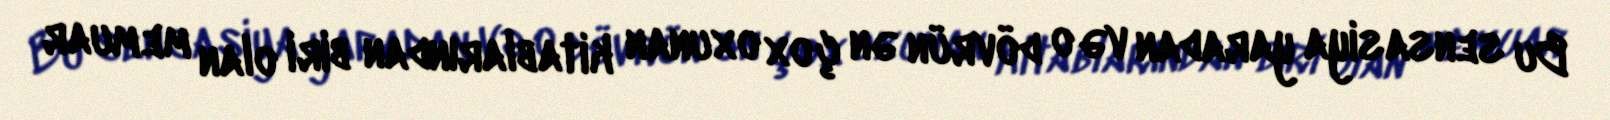
Bu sensasiya yaradan və o dövrün ən çox oxunan kitablarından biri olan memuar